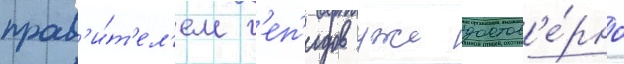
прав'и́т'ел'ем г'еп'идов уже достов'е́рно